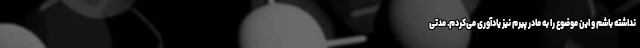
نداشته باشم و این موضوع را به مادر پیرم نیز یادآوری می‌کردم. مدتی